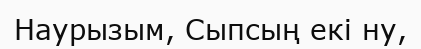
Наурызым, Сыпсың екі ну,